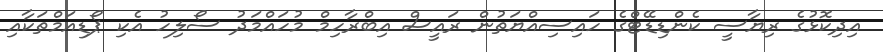
އިދިކޮޅުގެ ރިޔާސީ ކެންޑިޑޭޓްގެ ހައިސިއްޔަތުން ރައީސް އިބްރާހިމް މުހައްމަދު ސޯލިހު އެކި ޕޯޑިއަމްތަކާއި